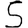
Digit: 5